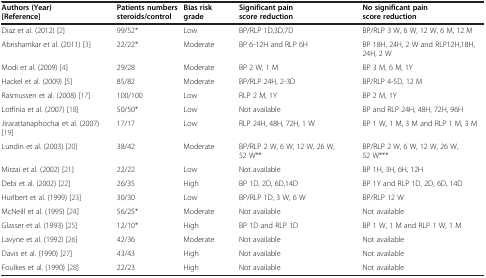
<table><thead><tr><td><b>Authors (Year) [Reference]</b></td><td><b>Patients numbers steroids/control</b></td><td><b>Bias risk grade</b></td><td><b>Significant pain score reduction</b></td><td><b>No significant pain score reduction</b></td></tr></thead><tbody><tr><td>Diaz et al. (2012) [2]</td><td>99/52*</td><td>Low</td><td>BP/RLP 1D,3D,7D</td><td>BP/RLP 3 W, 6 W, 12 W, 6 M, 12 M</td></tr><tr><td>Abrishamkar et al. (2011) [3]</td><td>22/22*</td><td>Moderate</td><td>BP 6-12H and RLP 6H</td><td>BP 18H, 24H, 2 W and RLP12H,18H, 24H, 2 W</td></tr><tr><td>Modi et al. (2009) [4]</td><td>29/28</td><td>Moderate</td><td>BP 2 W, 1 M</td><td>BP 3 M, 6 M, 1Y</td></tr><tr><td>Hackel et al. (2009) [5]</td><td>85/82</td><td>Moderate</td><td>BP/RLP 24H, 2-3D</td><td>BP/RLP 4-5D, 12 M</td></tr><tr><td>Rasmussen et al. (2008) [17]</td><td>100/100</td><td>Low</td><td>RLP 2 M, 1Y</td><td>BP 2 M, 1Y</td></tr><tr><td>Lotfinia et al. (2007) [18]</td><td>50/50*</td><td>Low</td><td>Not available</td><td>BP and RLP 24H, 48H, 72H, 96H</td></tr><tr><td>Jirarattanaphochai et al. (2007) [19]</td><td>17/17</td><td>Low</td><td>RLP 24H, 48H, 72H, 1 W</td><td>BP 1 W, 1 M, 3 M and RLP 1 M, 3 M</td></tr><tr><td>Lundin et al. (2003) [20]</td><td>38/42</td><td>Moderate</td><td>BP/RLP 2 W, 6 W, 12 W, 26 W, 52 W**</td><td>BP/RLP 2 W, 6 W, 12 W, 26 W, 52 W***</td></tr><tr><td>Mirzai et al. (2002) [21]</td><td>22/22</td><td>Low</td><td>Not available</td><td>BP 1H, 3H, 6H, 12H</td></tr><tr><td>Debi et al. (2002) [22]</td><td>26/35</td><td>High</td><td>BP 1D, 2D, 6D,14D</td><td>BP 1Y and RLP 1D, 2D, 6D, 14D</td></tr><tr><td>Hurlbert et al. (1999) [23]</td><td>30/30</td><td>Low</td><td>BP/RLP 1D, 3 W, 6 W</td><td>BP/RLP 12 W</td></tr><tr><td>McNeill et al. (1995) [24]</td><td>56/25*</td><td>Moderate</td><td>Not available</td><td>Not available</td></tr><tr><td>Glasser et al. (1993) [25]</td><td>12/10*</td><td>High</td><td>BP 1D and RLP 1D</td><td>BP 1 W, 1 M and RLP 1 W, 1 M</td></tr><tr><td>Lavyne et al. (1992) [26]</td><td>42/36</td><td>Moderate</td><td>Not available</td><td>Not available</td></tr><tr><td>Davis et al. (1990) [27]</td><td>43/43</td><td>High</td><td>Not available</td><td>Not available</td></tr><tr><td>Foulkes et al. (1990) [28]</td><td>22/23</td><td>High</td><td>Not available</td><td>Not available</td></tr></tbody></table>